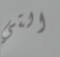
التي